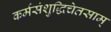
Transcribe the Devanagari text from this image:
कर्मसंशुद्धिचेतसाम्